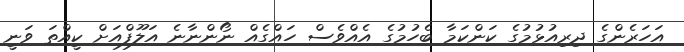
އަހަރެންގެ ދިރިއުޅުމުގެ ކަންކަމާ ބެހުމުގެ އެއްވެސް ހައްގެއް ނޯންނާނެ އަލޫފްއަށް ކީއްތަ ވަނީ